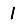
Digit: 1